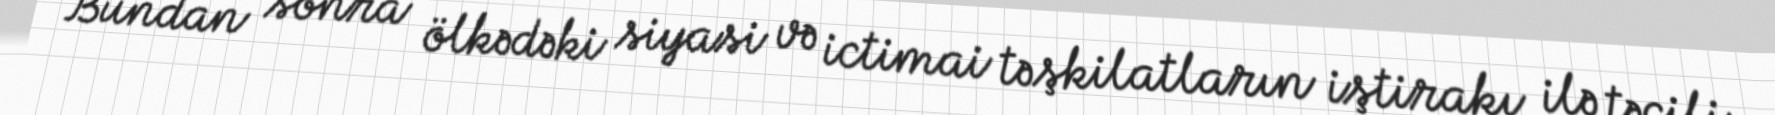
Bundan sonra ölkədəki siyasi və ictimai təşkilatların iştirakı ilə təcili